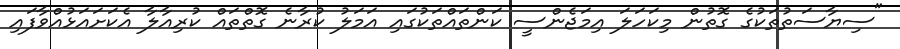
"ސިޔާސަތުތަކުގެ ގޮތުން މިކަހަލަ އިމަޖެންސީ ކަންތައްތަކުގައި އަމަލު ކުރާނެ ގޮތްތައް ކުރިއާލާ އެކަށައަޅުއްވާފައި